Civil Veterinary Department ledger series I-VI
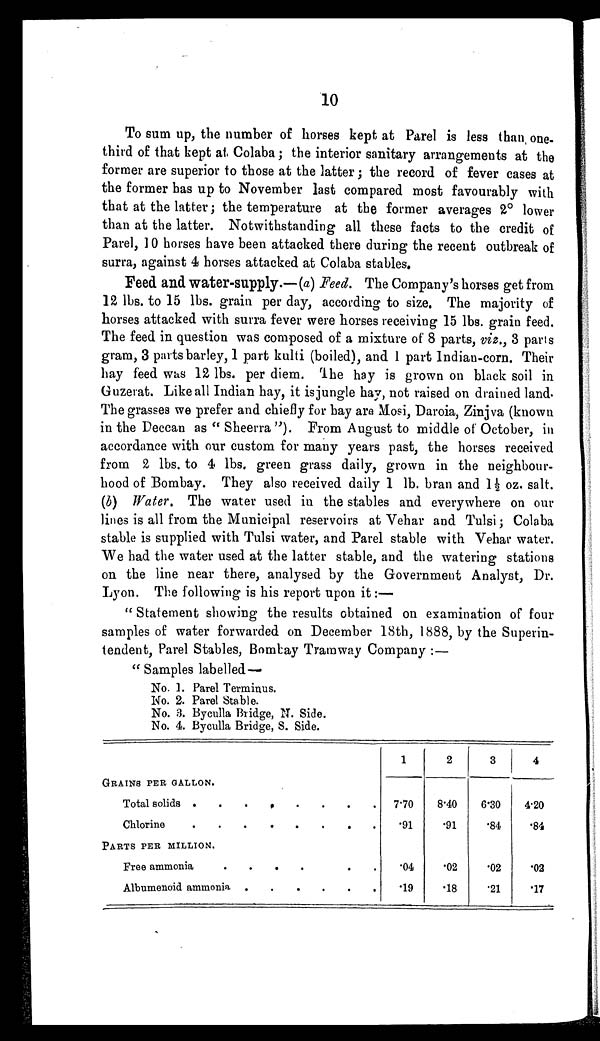
10
To sum up, the number of horses kept at Parel is less than, one-
third of that kept at Colaba; the interior sanitary arrangements at the
former are superior to those at the latter; the record of fever cases at
the former has up to November last compared most favourably with
that at the latter; the temperature at the former averages 2° lower
than at the latter. Notwithstanding all these facts to the credit of
Parel, 10 horses have been attacked there during the recent outbreak of
surra, against 4 horses attacked at Colaba stables.
Feed and water-supply.—(a) Feed. The Company's horses get from
12 lbs. to 15 lbs. grain per day, according to size. The majority of
horses attacked with surra fever were horses receiving 15 lbs. grain feed.
The feed in question was composed of a mixture of 8 parts, viz., 3 parts
gram, 3 parts barley, 1 part kulti (boiled), and 1 part Indian-corn. Their
hay feed was 12 lbs. per diem. The hay is grown on black soil in
Guzerat. Like all Indian hay, it is jungle hay, not raised on drained land.
The grasses we prefer and chiefly for hay are Mosi, Daroia, Zinjva (known
in the Deccan as "Sheerra"). From August to middle of October, in
accordance with our custom for many years past, the horses received
from 2 lbs. to 4 lbs. green grass daily, grown in the neighbour-
hood of Bombay. They also received daily 1 lb. bran and 1½ oz. salt.
(b) Water. The water used in the stables and everywhere on our
lines is all from the Municipal reservoirs at Vehar and Tulsi; Colaba
stable is supplied with Tulsi water, and Parel stable with Vehar water.
We had the water used at the latter stable, and the watering stations
on the line near there, analysed by the Government Analyst, Dr.
Lyon. The following is his report upon it:—
"Statement showing the results obtained on examination of four
samples of water forwarded on December 18th, 1888, by the Superin-
tendent, Parel Stables, Bombay Tramway Company:—
"Samples labelled—
No. 1.
No. 2.
No. 3.
No. 4.
Parel Terminus.
Parel Stable.
Byculla Bridge, N. Side.
Byculla Bridge, S. Side.
GRAINS PER GALLON.
Total solids .
.
.
.
.
.
.
.
Chlorine . . . . .
PARTS PER MILLION.
Free ammonia
.
.
.
.
.
.
Albumenoid ammonia . . . . . .
1
7.70
.91
.04
.19
2
8.40
.91
.02
.18
3
6.30
.84
.02
.21
4
4.20
.84
.02
.17